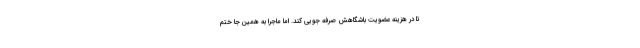
تا در هزینه عضویت باشگاهش صرفه جویی کند. اما ماجرا به همین جا ختم